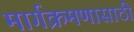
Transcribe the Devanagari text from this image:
मार्गक्रमणासाठी